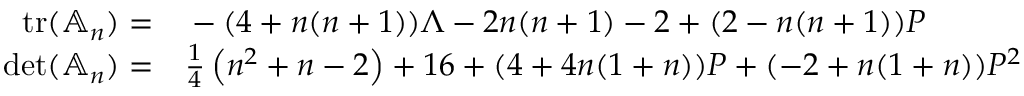
\begin{array} { r l } { \operatorname { t r } ( \mathbb A _ { n } ) = } & { { } - ( 4 + n ( n + 1 ) ) \Lambda - 2 n ( n + 1 ) - 2 + ( 2 - n ( n + 1 ) ) P } \\ { \operatorname* { d e t } ( \mathbb A _ { n } ) = } & { { } \frac { 1 } { 4 } \left( n ^ { 2 } + n - 2 \right) + 1 6 + ( 4 + 4 n ( 1 + n ) ) P + ( - 2 + n ( 1 + n ) ) P ^ { 2 } } \end{array}